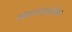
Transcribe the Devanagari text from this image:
समाजचालनेला